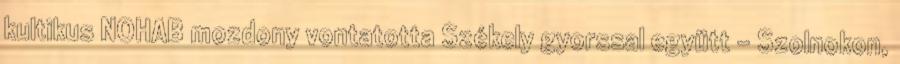
kultikus NOHAB mozdony vontatotta Székely gyorssal együtt – Szolnokon,